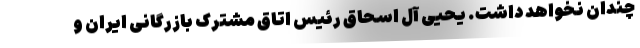
چندان نخواهد داشت. یحیی آل اسحاق رئیس اتاق مشترک بازرگانی ایران و